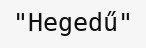
"Hegedű"